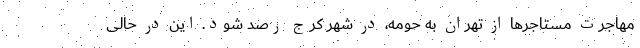
مهاجرت مستاجرها از تهران به حومه، در شهر کرج رصد شود. این در حالی